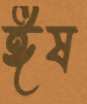
ঈষ